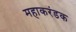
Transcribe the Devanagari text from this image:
महाकरंडक